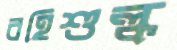
বহিশুল্ক